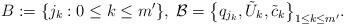
LaTeX: \begin{align*}B:=\{j_k: 0\leq k\leq m'\}, \; \mathcal{B}=\big\{q_{j_k}, \tilde U_k, \tilde c_k\big\}_{1\leq k\leq m'}.\end{align*}